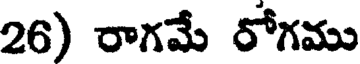
26) రాగమే రోగము